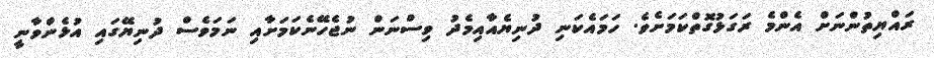
ރައްޔިތުންނަށް އެންމެ ރަގަޅުގޮތްކަމަށެވެ. ހަމައެކަނި ދުނިޔެއާއިމެދު ވިސްނަން ނުޖެހޭނެކަމަށާއި ނަމަވެސް ދުނިޔޭގައި އުޅެންވާނީ